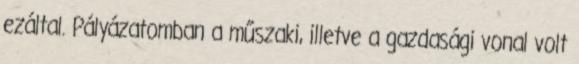
ezáltal. Pályázatomban a műszaki, illetve a gazdasági vonal volt